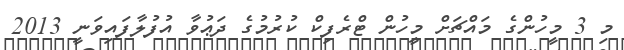
މި 3 މީހުންގެ މައްޗަށް މީހުން ޓްރެފިކް ކުރުމުގެ ދަޢުވާ އުފުލާފައިވަނީ 2013